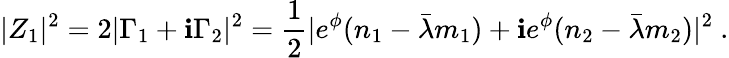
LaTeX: |Z_{1}|^{2}=2|\Gamma_{1}+\mathbf{i}\Gamma_{2}|^{2}={\frac{{1}}{{2}}}|e^{\phi}(n_{1}-\bar{{\lambda}}m_{1})+\mathbf{i}e^{\phi}(n_{2}-\bar{{\lambda}}m_{2})|^{2}\ .